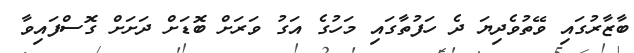
ބާޒާރުގައި ވޭތުވެދިޔަ ދެ ހަފުތާގައި މަހުގެ އަގު ވަރަށް ބޮޑަށް ދަށަށް ގޮސްފައިވާ